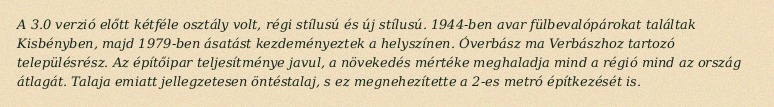
A 3.0 verzió előtt kétféle osztály volt, régi stílusú és új stílusú. 1944-ben avar fülbevalópárokat találtak Kisbényben, majd 1979-ben ásatást kezdeményeztek a helyszínen. Óverbász ma Verbászhoz tartozó településrész. Az építőipar teljesítménye javul, a növekedés mértéke meghaladja mind a régió mind az ország átlagát. Talaja emiatt jellegzetesen öntéstalaj, s ez megnehezítette a 2-es metró építkezését is.